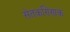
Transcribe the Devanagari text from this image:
सेतकण्णिक